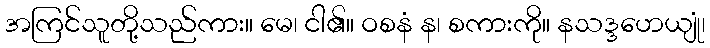
အကြင်သူတို့သည်ကား။ မေ၊ ငါ၏။ ဝစနံ န၊ စကားကို။ နသဒ္ဒဟေယျုံ၊